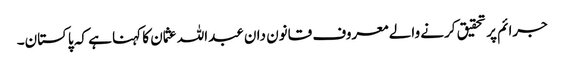
جرائم پر تحقیق کرنے والے معروف قانون دان عبداللہ عثمان کا کہنا ہے کہ پاکستان۔